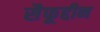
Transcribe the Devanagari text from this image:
सैफूद्दीन